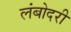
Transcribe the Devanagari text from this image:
लंबोदरी